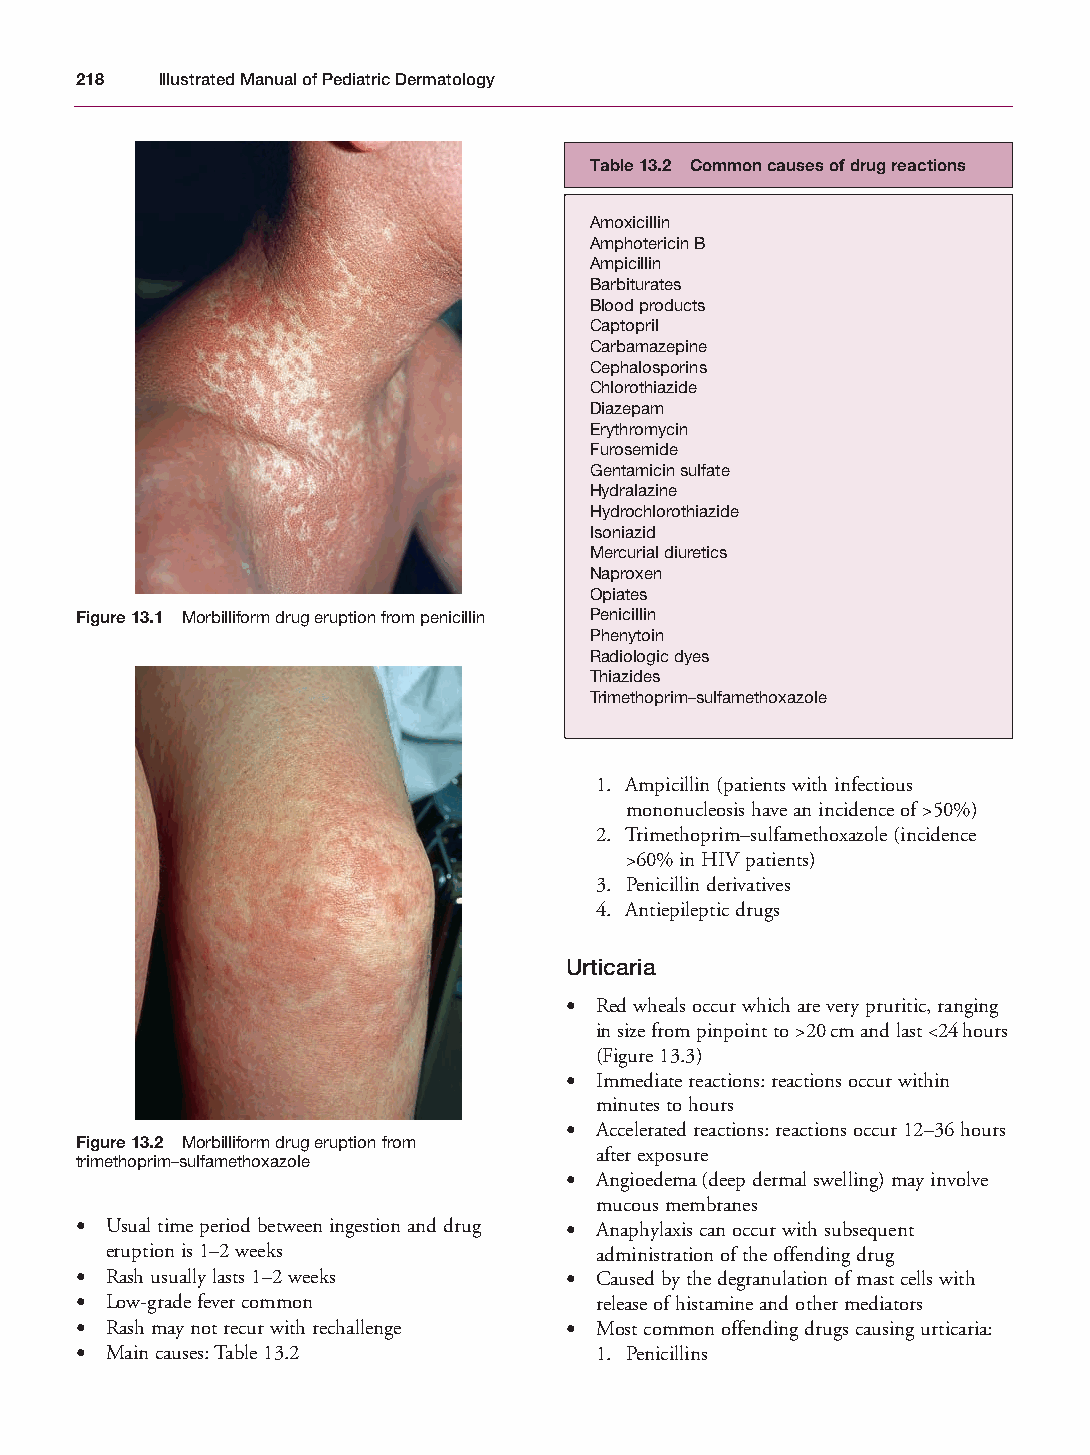
Mallory Chapter 13 27/1/05 2:29 pm Page 218
 218  Illustrated Manual of Pediatric Dermatology
 Table 13.2 Common causes of drug reactions
 Amoxicillin
 Amphotericin B
 Ampicillin
 Barbiturates
 Blood products
 Captopril
 Carbamazepine
 Cephalosporins
 Chlorothiazide
 Diazepam
 Erythromycin
 Furosemide
 Gentamicin sulfate
 Hydralazine
 Hydrochlorothiazide
 Isoniazid
 Mercurial diuretics
 Naproxen
 Opiates
 Figure 13.1 Morbilliform drug eruption from penicillin Penicillin
 Phenytoin
 Radiologic dyes
 Thiazides
 Trimethoprim–sulfamethoxazole
 1. Ampicillin (patients with infectious
 mononucleosis have an incidence of >50%)
 2. Trimethoprim–sulfamethoxazole (incidence
 >60% in HIV patients)
 3. Penicillin derivatives
 4. Antiepileptic drugs
 Urticaria
 • Red wheals occur which are very pruritic, ranging
 in size from pinpoint to >20cm and last <24hours
 (Figure 13.3)
 • Immediate reactions: reactions occur within
 minutes to hours
 • Accelerated reactions: reactions occur 12–36 hours
 Figure 13.2 Morbilliform drug eruption from
 after exposure
 trimethoprim–sulfamethoxazole
 • Angioedema (deep dermal swelling) may involve
 mucous membranes
 • Usual time period between ingestion and drug • Anaphylaxis can occur with subsequent
 eruption is 1–2 weeks           administration of the offending drug
 • Rash usually lasts 1–2 weeks  • Caused by the degranulation of mast cells with
 • Low-grade fever common          release of histamine and other mediators
 • Rash may not recur with rechallenge • Most common offending drugs causing urticaria:
 • Main causes: Table 13.2         1. Penicillins